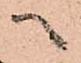
へ